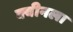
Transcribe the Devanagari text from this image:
क्वीनला